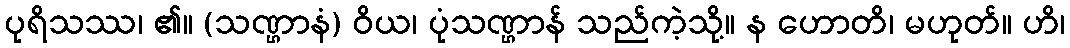
ပုရိသဿ၊ ၏။ (သဏ္ဌာနံ) ဝိယ၊ ပုံသဏ္ဌာန် သည်ကဲ့သို့။ န ဟောတိ၊ မဟုတ်။ ဟိ၊